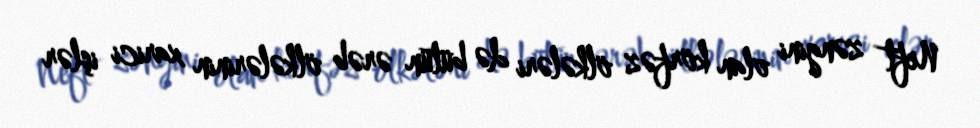
Neft zəngini olan körfəz ölkələri də bütün ərəb ölkələrinin xarici işlər